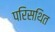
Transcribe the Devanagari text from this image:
परिसथित